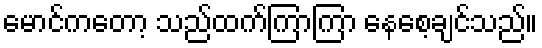
မောင်ကတော့ သည်ထက်ကြာကြာ နေစေ့ချင်သည်။